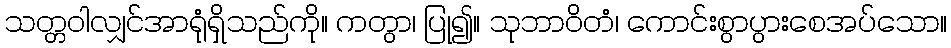
သတ္တဝါလျှင်အာရုံရှိသည်ကို။ ကတွာ၊ ပြု၍။ သုဘာဝိတံ၊ ကောင်းစွာပွားစေအပ်သော။